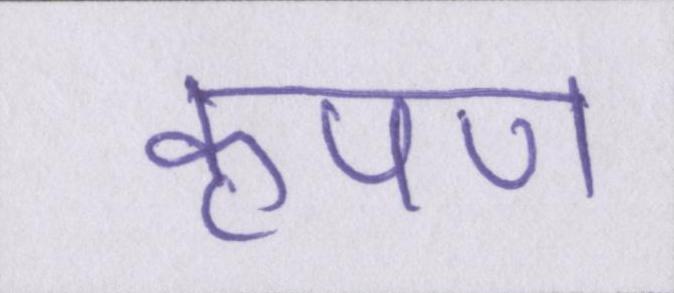
कृपण